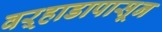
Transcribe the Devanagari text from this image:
वऱ्हाडापासून